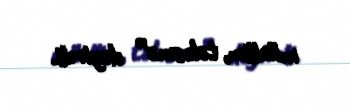
müəllim, tələsmə” deyirdi.